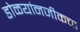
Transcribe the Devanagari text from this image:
डोळयांनजीकचा